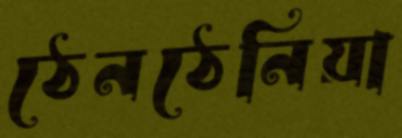
ঠেনঠেনিয়া